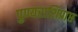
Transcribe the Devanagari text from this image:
पुण्यराशिप्राप्त